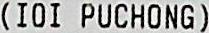
(IOI PUCHONG)